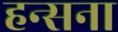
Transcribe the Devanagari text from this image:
हन्सना